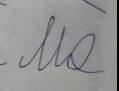
Signature authenticity: forged